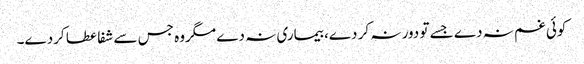
کوئی غم نہ دے جسے تو دور نہ کر دے، بیماری نہ دے مگروہ جس سے شفا عطا کردے۔